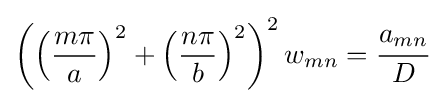
\left(\left({\frac {m\pi }{a}}\right)^{2}+\left({\frac {n\pi }{b}}\right)^{2}\right)^{2}w_{mn}={\cfrac {a_{mn}}{D}}